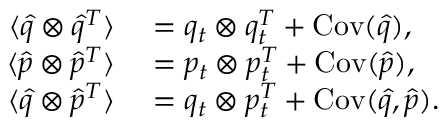
\begin{array} { r l } { \langle \hat { q } \otimes \hat { q } ^ { T } \rangle } & { { } = q _ { t } \otimes q _ { t } ^ { T } + \operatorname { C o v } ( \hat { q } ) , } \\ { \langle \hat { p } \otimes \hat { p } ^ { T } \rangle } & { { } = p _ { t } \otimes p _ { t } ^ { T } + \operatorname { C o v } ( \hat { p } ) , } \\ { \langle \hat { q } \otimes \hat { p } ^ { T } \rangle } & { { } = q _ { t } \otimes p _ { t } ^ { T } + \operatorname { C o v } ( \hat { q } , \hat { p } ) . } \end{array}